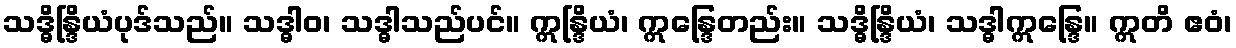
သဒ္ဓိန္ဒြိယံပုဒ်သည်။ သဒ္ဓါဝ၊ သဒ္ဓါသည်ပင်။ ဣန္ဒြိယံ၊ ဣန္ဒြေတည်း။ သဒ္ဓိန္ဒြိယံ၊ သဒ္ဓါဣန္ဒြေ။ ဣတိ ဧဝံ၊